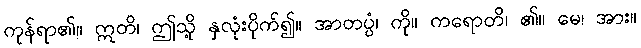
ကုန်ရာ၏။ ဣတိ၊ ဤသို့ နှလုံးပိုက်၍။ အာတပ္ပံ၊ ကို။ ကရောတိ၊ ၏။ မေ၊ အား။